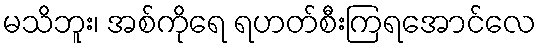
မသိဘူး၊ အစ်ကိုရေ ရဟတ်စီးကြရအောင်လေ